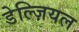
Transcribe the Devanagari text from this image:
डेल्ज़ियल